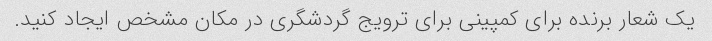
یک شعار برنده برای کمپینی برای ترویج گردشگری در مکان مشخص ایجاد کنید.